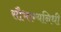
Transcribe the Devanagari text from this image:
सौभाग्यनिधी